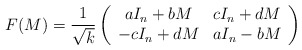
\begin{align*}F(M)=\frac{1}{\sqrt{k}}\left(\begin{array}{cc}aI_n+bM & cI_n+dM \\-cI_n+dM & aI_n-bM\end{array}\right)\end{align*}